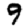
Digit: 9